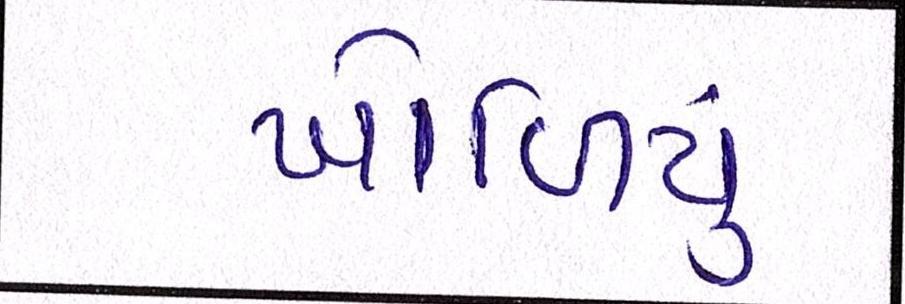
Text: ખોળિયું